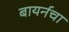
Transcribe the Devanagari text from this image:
बायर्नचा